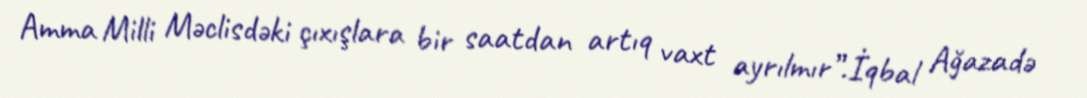
Amma Milli Məclisdəki çıxışlara bir saatdan artıq vaxt ayrılmır”.İqbal Ağazadə